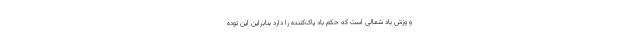
و وزش باد شمالی است که حکم باد پاک‌کننده را دارد بنابراین این توده